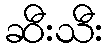
ဆီးသီး